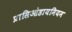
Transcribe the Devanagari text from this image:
प्रासिओडायमियम